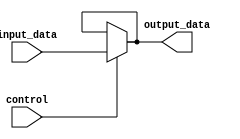
module bidirectional_buffer (
    input wire input_data,
    output wire output_data,
    input wire control
);

    reg buffer_value;

    assign output_data = (control) ? input_data : buffer_value;
    assign buffer_value = (control) ? 1'bZ : output_data;

endmodule